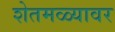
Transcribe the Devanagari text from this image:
शेतमळ्यावर